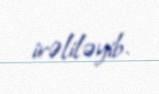
irəliləyib.